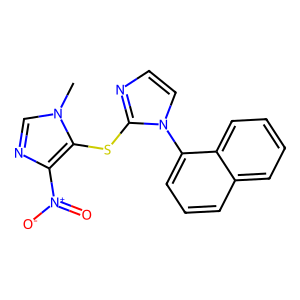
SMILES: Cn1cnc([N+](=O)[O-])c1Sc1nccn1-c1cccc2ccccc12
Inhibits HIV replication: No